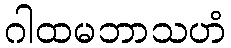
ဂါထမဘာသဟံ